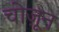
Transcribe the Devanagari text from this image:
चोज़ून